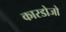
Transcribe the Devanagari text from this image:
कारडोजो